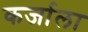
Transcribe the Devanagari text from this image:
कर्जाला